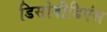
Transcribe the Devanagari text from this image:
डिसोबीडिएंस